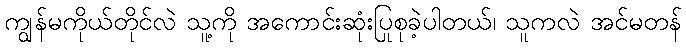
ကျွန်မကိုယ်တိုင်လဲ သူ့ကို အကောင်းဆုံးပြုစုခဲ့ပါတယ်၊ သူကလဲ အင်မတန်